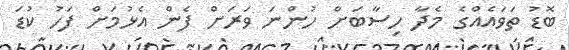
ބޮޑު ތަވައެއްގެ މެދާ ހިސާބަށް ހުންނަ ވަރަށް ފެން އެޅުމަށް ފަހު ކުޑަ